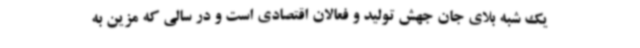
یک شبه بلای جان جهش تولید و فعالان اقتصادی است و در سالی که مزین به